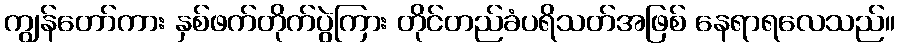
ကျွန်တော်ကား နှစ်ဖက်တိုက်ပွဲကြား တိုင်တည်ခံပရိသတ်အဖြစ် နေရာရလေသည်။